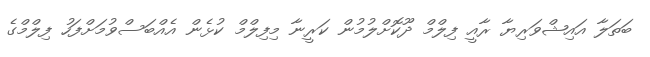
ބަތަލާ އައިޝްވަރިޔާ ރާއީ ފިލްމް ދޫކޮށްލުމުން ކަރީނާ މިފިލްމް ކުޅެން އެއްބަސްވުމަށްފަހު ފިލްމްގެ